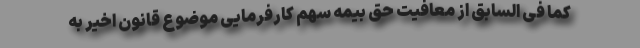
کما فی السابق از معافیت حق بیمه سهم کارفرمایی موضوع قانون اخیر به